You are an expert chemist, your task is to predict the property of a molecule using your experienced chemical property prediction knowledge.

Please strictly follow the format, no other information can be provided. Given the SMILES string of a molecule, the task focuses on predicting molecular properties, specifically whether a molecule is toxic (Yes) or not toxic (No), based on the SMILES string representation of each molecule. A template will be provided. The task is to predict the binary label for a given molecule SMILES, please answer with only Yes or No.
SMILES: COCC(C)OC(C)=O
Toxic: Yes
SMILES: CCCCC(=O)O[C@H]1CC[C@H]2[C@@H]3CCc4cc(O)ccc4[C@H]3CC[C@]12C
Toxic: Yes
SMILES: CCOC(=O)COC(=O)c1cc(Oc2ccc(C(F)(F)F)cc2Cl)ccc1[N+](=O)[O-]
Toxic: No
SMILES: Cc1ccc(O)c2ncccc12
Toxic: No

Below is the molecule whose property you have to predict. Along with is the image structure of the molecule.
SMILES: C=CCOC(=O)CC(C)C
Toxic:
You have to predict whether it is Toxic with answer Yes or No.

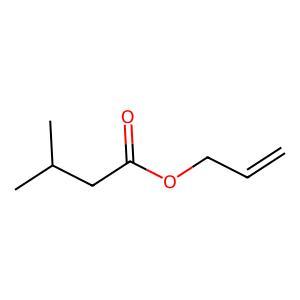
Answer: No